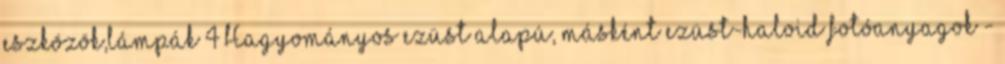
eszközök,lámpák 4 Hagyományos ezüst alapú, másként ezüst-haloid fotóanyagok -